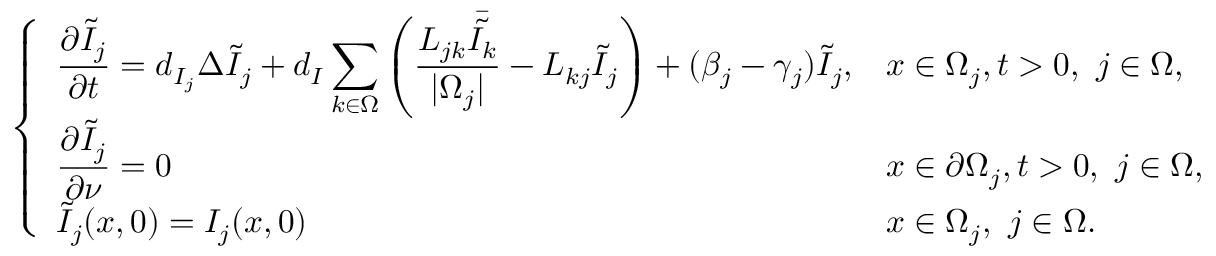
\left\{ \begin{array} { l l } { \displaystyle \frac { \partial \tilde { I } _ { j } } { \partial t } = d _ { I _ { j } } \Delta \tilde { I } _ { j } + d _ { I } \sum _ { k \in \Omega } \left( \frac { L _ { j k } \bar { { \tilde { I _ { k } } } } } { | \Omega _ { j } | } - L _ { k j } \tilde { I } _ { j } \right) + ( \beta _ { j } - \gamma _ { j } ) \tilde { I } _ { j } , } & { x \in \Omega _ { j } , t > 0 , \ j \in \Omega , } \\ { \displaystyle \frac { \partial \tilde { I } _ { j } } { \partial \nu } = 0 } & { x \in \partial \Omega _ { j } , t > 0 , \ j \in \Omega , } \\ { \displaystyle \tilde { I } _ { j } ( x , 0 ) = I _ { j } ( x , 0 ) } & { x \in \Omega _ { j } , \ j \in \Omega . } \end{array} \right.